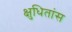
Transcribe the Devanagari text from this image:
क्षुधितांस